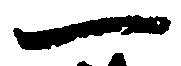
一